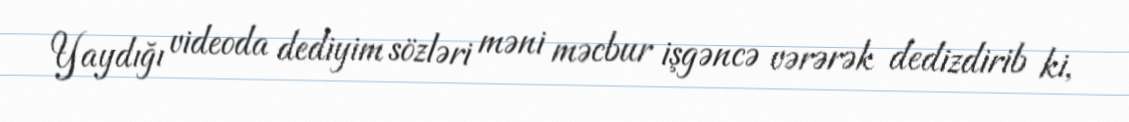
Yaydığı videoda dediyim sözləri məni məcbur işgəncə vərərək dedizdirib ki,